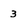
Character: 3